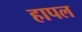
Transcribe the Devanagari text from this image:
हापल